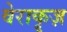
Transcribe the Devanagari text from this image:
वेराकृज़